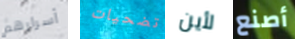
أسرارهم تضحيات لأين أصنع